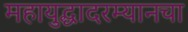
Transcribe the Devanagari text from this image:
महायुद्धादरम्यानचा